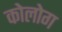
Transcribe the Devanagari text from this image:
कोलोग